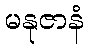
မနုဇာနံ